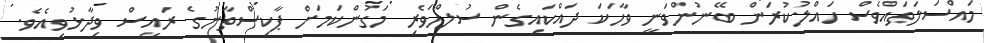
މައްސަލަތައްވެސް ހައްލުކުރަން ބޭނުންވަނީ ވާހަކަ ދައްކައިގެން ސުލްހަވެރި މަގުންކަމަށް ޕާކިސްތާނުގެ ރައީސް ވިދާޅުވިއެވެ.